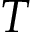
T